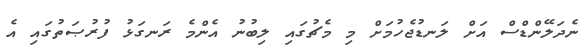
ނެދަލޭންޑްސް އަށް ލަނޑުޖެހުމަށް މި މެޗުގައި ލިބުނު އެންމެ ރަނގަޅު ފުރުޞަތުގައި އެ